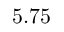
5 . 7 5